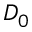
D _ { 0 }